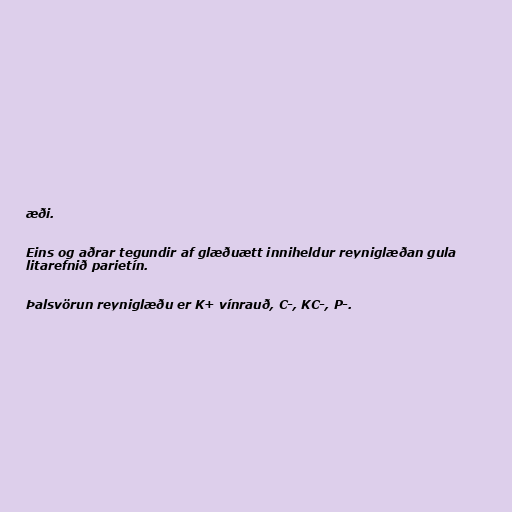
æði.

Eins og aðrar tegundir af glæðuætt inniheldur reyniglæðan gula
litarefnið parietín.

Þalsvörun reyniglæðu er K+ vínrauð, C-, KC-, P-.